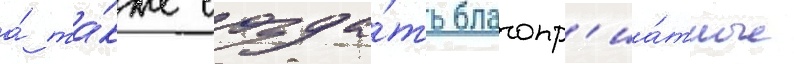
а́ та́кже созда́ть благопр'иа́тные